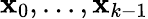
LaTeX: \mathbf{x}_{0},...,\mathbf{x}_{k-1}